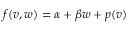
f ( v , w ) = \alpha + \beta w + p ( v )